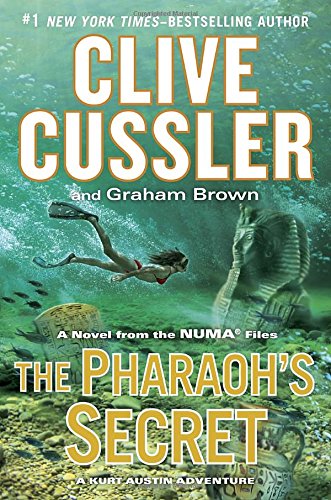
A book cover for The Pharaoh's Secret (The NUMA Files); Clive Cussler; Mystery, Thriller & Suspense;